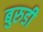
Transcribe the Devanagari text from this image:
बुरुडी